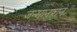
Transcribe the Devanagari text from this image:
जन्मानुष्ठान